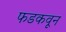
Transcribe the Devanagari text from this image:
फडकवून